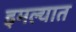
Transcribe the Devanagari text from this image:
इमल्यात